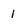
Character: 1